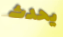
يحدث